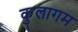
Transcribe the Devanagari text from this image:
कुलागम